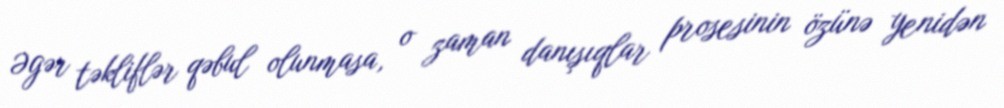
Əgər təkliflər qəbul olunmasa, o zaman danışıqlar prosesinin özünə yenidən